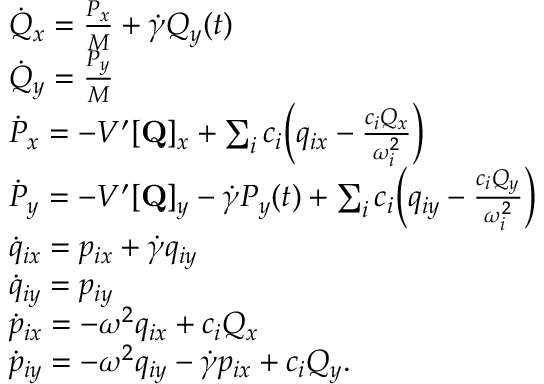
\begin{array} { r l } & { \dot { Q } _ { x } = \frac { P _ { x } } { M } + \dot { \gamma } Q _ { y } ( t ) } \\ & { \dot { Q } _ { y } = \frac { P _ { y } } { M } } \\ & { \dot { P } _ { x } = - V ^ { \prime } [ \mathbf { { Q } } ] _ { x } + \sum _ { i } c _ { i } \Bigl ( q _ { i x } - \frac { c _ { i } Q _ { x } } { \omega _ { i } ^ { 2 } } \Bigr ) } \\ & { \dot { P } _ { y } = - V ^ { \prime } [ \mathbf { { Q } } ] _ { y } - \dot { \gamma } P _ { y } ( t ) + \sum _ { i } c _ { i } \Bigl ( q _ { i y } - \frac { c _ { i } Q _ { y } } { \omega _ { i } ^ { 2 } } \Bigr ) } \\ & { \dot { q } _ { i x } = p _ { i x } + \dot { \gamma } q _ { i y } } \\ & { \dot { q } _ { i y } = p _ { i y } } \\ & { \dot { p } _ { i x } = - \omega ^ { 2 } q _ { i x } + c _ { i } Q _ { x } } \\ & { \dot { p } _ { i y } = - \omega ^ { 2 } q _ { i y } - \dot { \gamma } p _ { i x } + c _ { i } Q _ { y } . } \end{array}